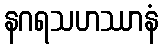
နဂရသဟဿာနံ